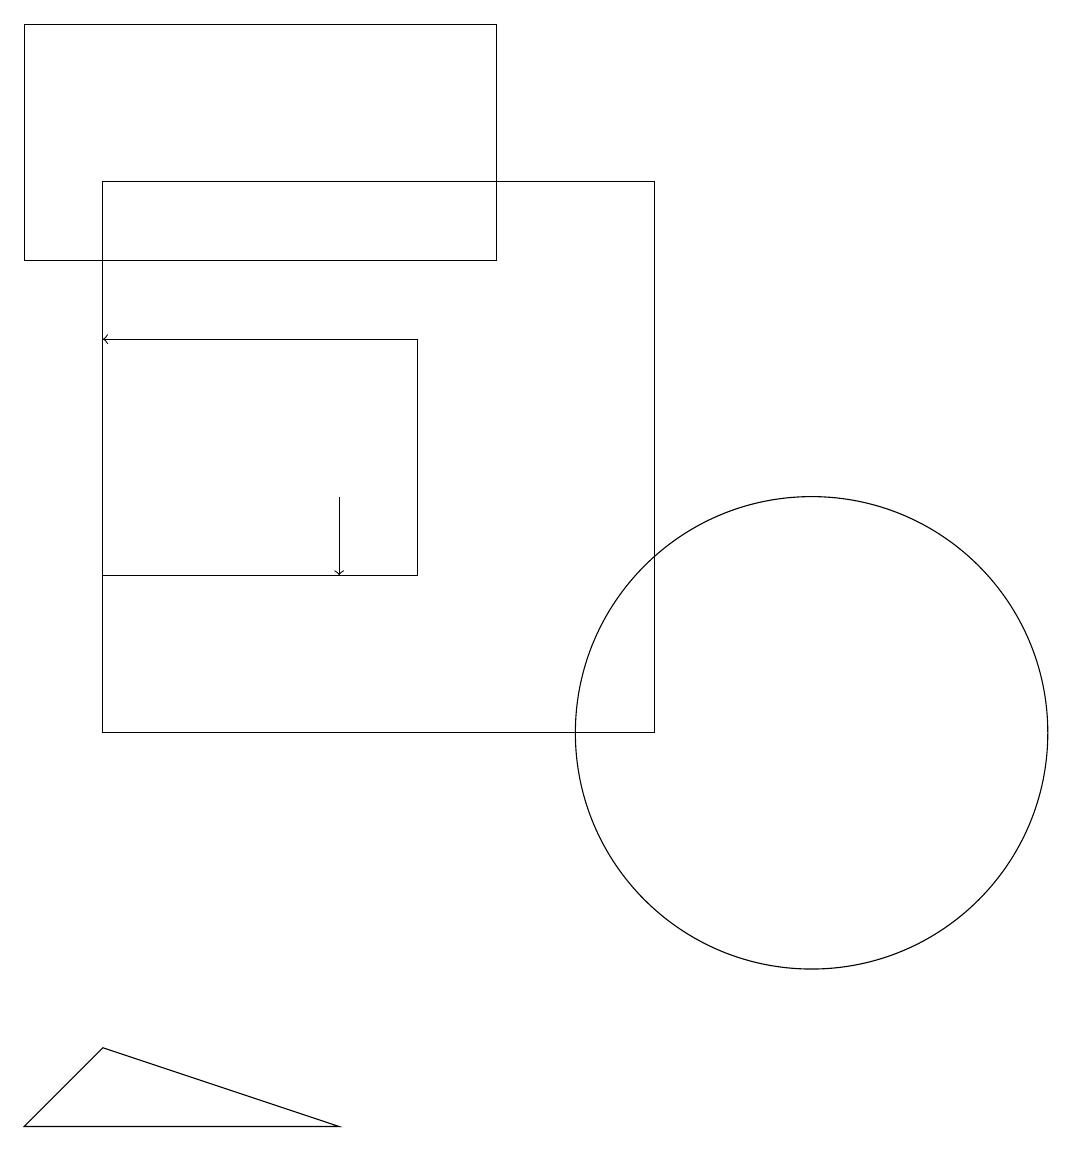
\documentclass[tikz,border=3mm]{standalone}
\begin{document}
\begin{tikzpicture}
\draw (1,15) rectangle (5,12);
\draw (6,16) rectangle (0,19);
\draw[->] (2,15) -- (1,15);
\draw (0,5) -- (1,6) -- (4,5) -- cycle;
\draw (1,10) rectangle (8,17);
\draw[->] (4,13) -- (4,12);
\draw (10,10) circle (3);
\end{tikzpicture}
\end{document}